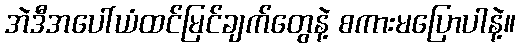
အဲဒီအပေါ်ယံထင်မြင်ချက်တွေနဲ့ စကားမပြောပါနဲ့။